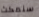
سنمكث